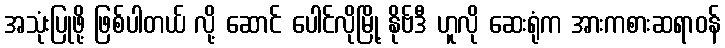
အသုံးပြုဖို့ ဖြစ်ပါတယ် လို့ ဆောင် ပေါင်လိုမြို့ နိုဗ်ဒီ ဟူလို ဆေးရုံက အားကစားဆရာဝန်